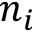
n _ { i }